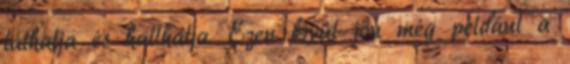
láthatja és hallhatja. Ezen kívül jön még például a